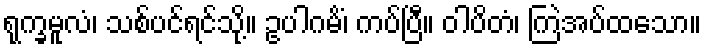
ရုက္ခမူလံ၊ သစ်ပင်ရင်သို့။ ဥပါဂမိံ၊ ကပ်ပြီ။ ဝါပိတံ၊ ကြဲအပ်ထသော။